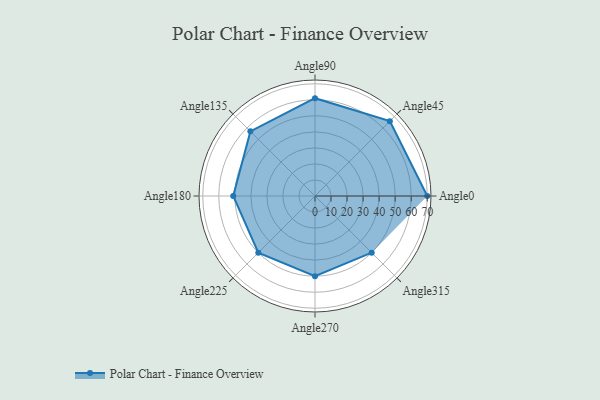
{"axis": {"x": "Angle", "y": "Radius"}, "legend": [""], "data": [{"x": "Angle0", "y": 70.0, "type": ""}, {"x": "Angle45", "y": 66.0, "type": ""}, {"x": "Angle90", "y": 61.0, "type": ""}, {"x": "Angle135", "y": 57.0, "type": ""}, {"x": "Angle180", "y": 51.0, "type": ""}, {"x": "Angle225", "y": 50.0, "type": ""}, {"x": "Angle270", "y": 50, "type": ""}, {"x": "Angle315", "y": 50, "type": ""}]}